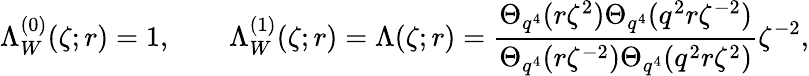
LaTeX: \Lambda_{W}^{(0)}(\zeta;r)=1,\qquad\Lambda_{W}^{(1)}(\zeta;r)=\Lambda(\zeta;r)=\frac{\Theta_{q^{4}}(r\zeta^{2})\Theta_{q^{4}}(q^{2}r\zeta^{-2})}{\Theta_{q^{4}}(r\zeta^{-2})\Theta_{q^{4}}(q^{2}r\zeta^{2})}\zeta^{-2},